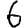
Digit: 6